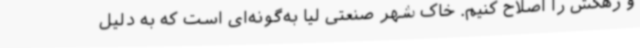
و زهکش را اصلاح کنیم. خاک شهر صنعتی لیا به‌گونه‌ای است که به دلیل